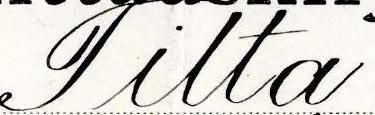
Tilta